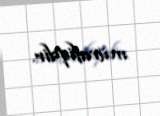
müvafiqdir.